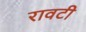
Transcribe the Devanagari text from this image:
रावटी